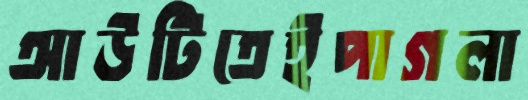
আউটিতেইপাগলা